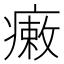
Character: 瘷